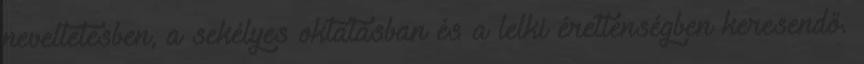
neveltetésben, a sekélyes oktatásban és a lelki éretlenségben keresendő.